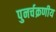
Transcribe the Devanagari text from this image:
पुनर्चक्रणीय